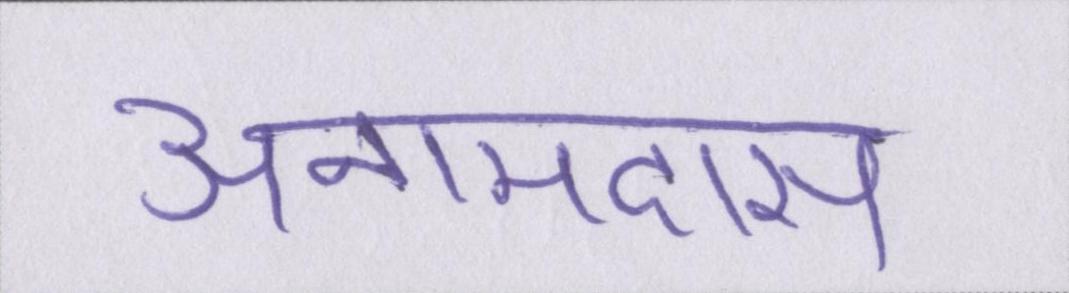
अनामदास